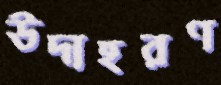
উদাহরণ